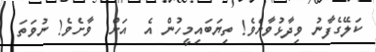
ކަލޭގެފާނު ވިދާޅުވާށެވެ! ތިޔަބައިމީހުން އެ  އަށް  ވާށެވެ! ނުވަތަ